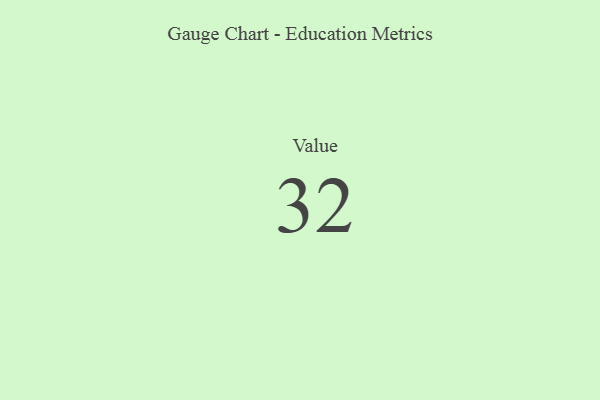
{"axis": {"x": "Metric", "y": "Value"}, "legend": [""], "data": [{"x": "Value", "y": 32, "type": ""}]}